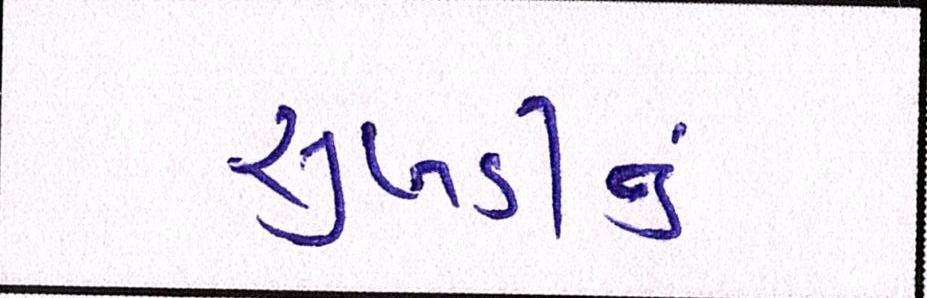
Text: સુખડીનું